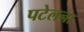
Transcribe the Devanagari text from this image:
पटेलना